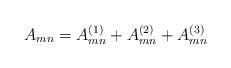
LaTeX: \begin{align*}A_{mn}=A_{mn}^{(1)}+A_{mn}^{(2)}+A_{mn}^{(3)}\end{align*}